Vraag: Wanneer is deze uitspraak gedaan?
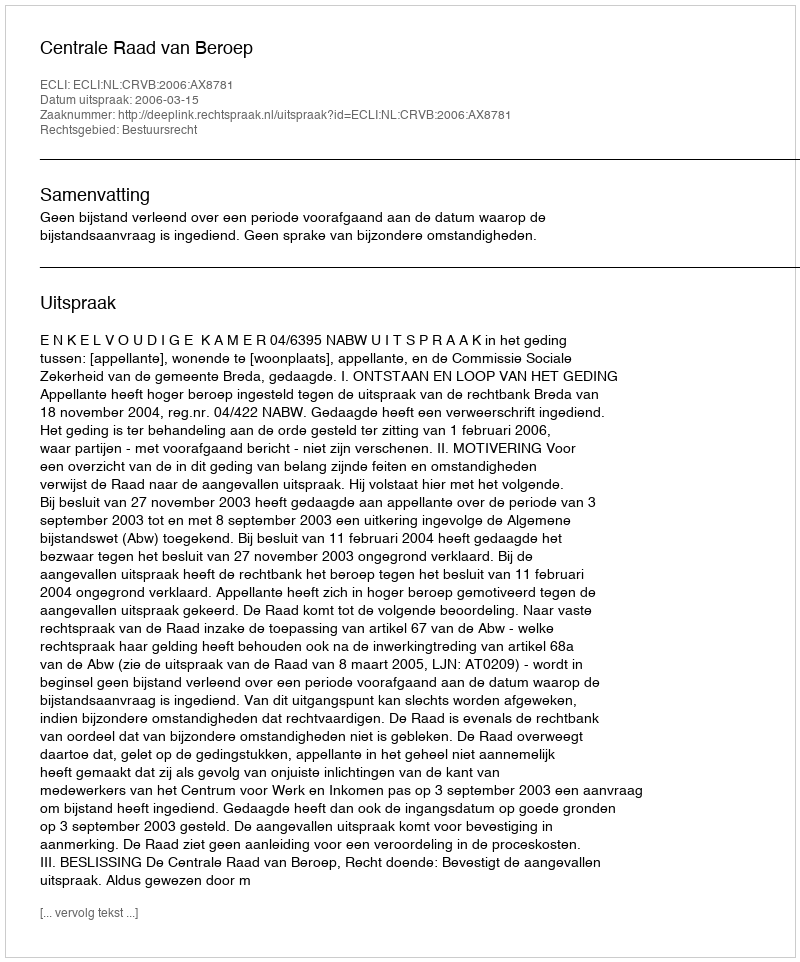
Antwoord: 2006-03-15